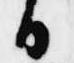
日